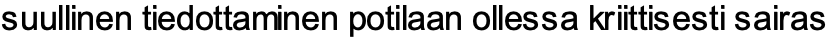
suullinen tiedottaminen potilaan ollessa kriittisesti sairas